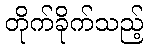
တိုက်ခိုက်သည့်